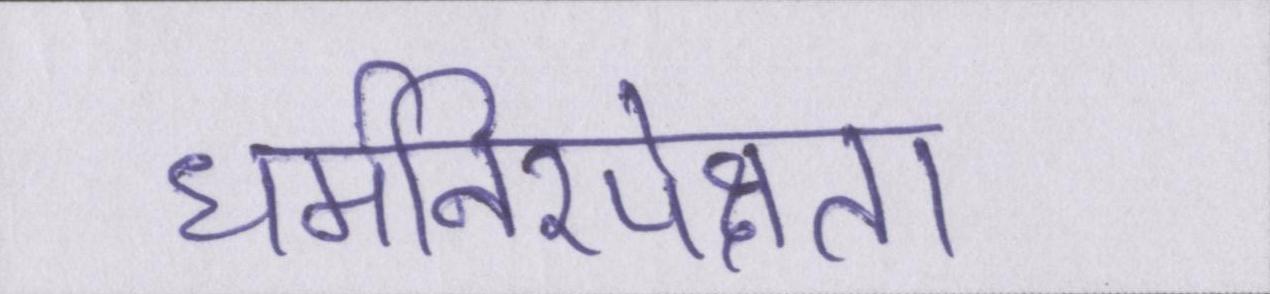
धर्मनिरपेक्षता